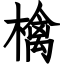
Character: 檎